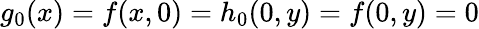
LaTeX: g_{0}(x)=f(x,0)=h_{0}(0,y)=f(0,y)=0